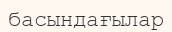
басындағылар